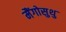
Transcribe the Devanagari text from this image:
मैंगोसुथु